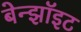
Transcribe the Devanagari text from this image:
बेन्झॉइट